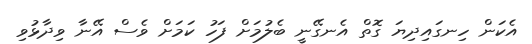
އެކަން ހިނގައިދިޔަ ގޮތް އެނގޭނީ ބެލުމަށް ފަހު ކަމަށް ވެސް އޭނާ ވިދާޅުވި